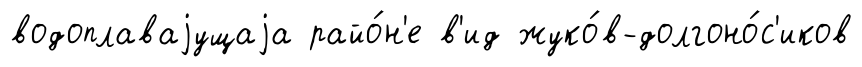
водоплаваjущаjа райо́н'е в'ид жуко́в-долгоно́с'иков